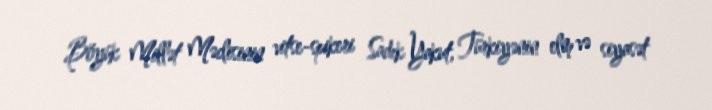
Böyük Millət Məclisinin vitse-spikeri Sadık Yakut, Türkiyənin elm və siyasət